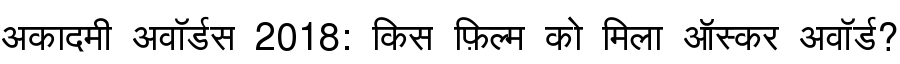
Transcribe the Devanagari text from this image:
अकादमी अवॉर्डस 2018: किस फ़िल्म को मिला ऑस्कर अवॉर्ड?